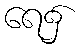
ရေ၌